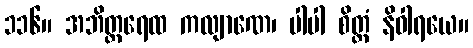
၁၁၆။ အဘိတ္ထရေထ ကလျာဏေ၊ ပါပါ စိတ္တံ နိဝါရယေ။